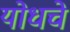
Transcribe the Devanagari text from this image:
योधचे